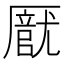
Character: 𠪽